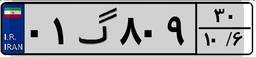
۰۱گ۸۰۹۳۰